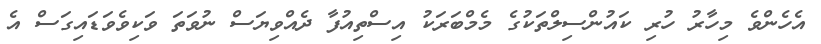
އެހެންވެ މިހާރު ހުރި ކައުންސިލްތަކުގެ މެމްބަރަކު އިސްތިއުފާ ދެއްވިޔަސް ނުވަތަ ވަކިވެވަޑައިގަސް އެ